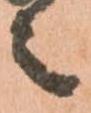
之